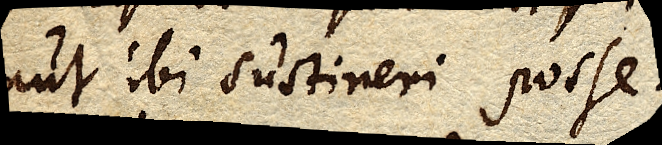
aut ibi sustineri posse.